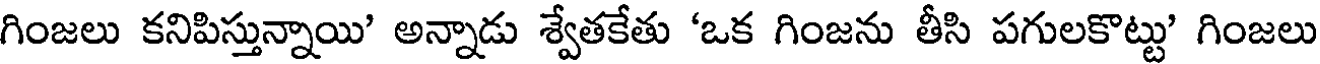
గింజలు కనిపిస్తున్నాయి' అన్నాడు శ్వేతకేతు 'ఒక గింజను తీసి పగులకొట్టు' గింజలు